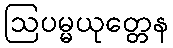
ဩပမ္မယုတ္တေန